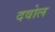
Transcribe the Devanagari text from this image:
दवोल